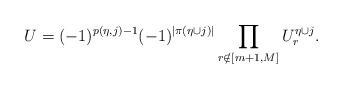
LaTeX: \begin{align*}U=(-1)^{p(\eta,j)-1}(-1)^{|\pi(\eta\cup j)|} \prod_{r \notin [m+1,M]}{U^{\eta \cup j}_{r}}.\end{align*}